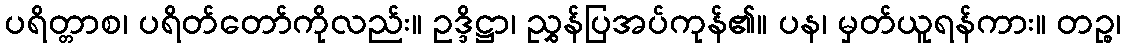
ပရိတ္တာစ၊ ပရိတ်တော်ကိုလည်း။ ဥဒ္ဒိဋ္ဌာ၊ ညွှန်ပြအပ်ကုန်၏။ ပန၊ မှတ်ယူရန်ကား။ တဉ္စ၊